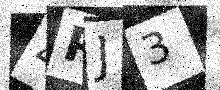
Text: 4RJ3